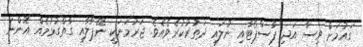
ގައުމަށް ވިސާ އަދި ޕާސްޕޯޓާއި ނުލައި ދަތުރުކުރެވެއެވެ. ޖަރުމަނަކީ ނޭޕާލާއި ގާތްގުޅުމެއް އޮންނަ